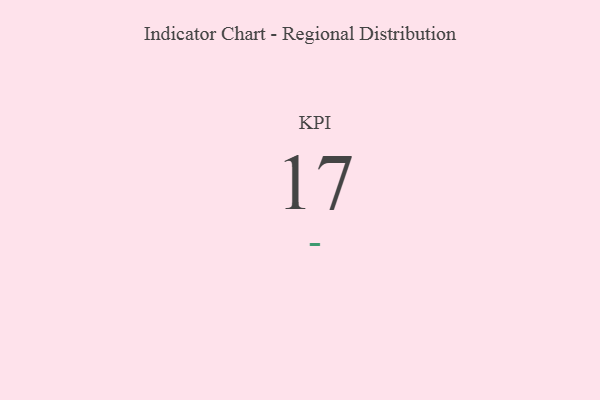
{"axis": {"x": "KPI", "y": "Value"}, "legend": [""], "data": [{"x": "KPI", "y": 17, "type": ""}]}